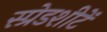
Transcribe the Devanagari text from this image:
स्प्रेडशीटें